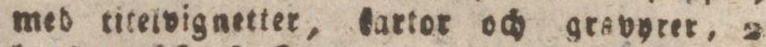
med titelvignetter, kartor och grayyrer, 2